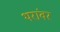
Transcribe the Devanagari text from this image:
थरांवर